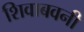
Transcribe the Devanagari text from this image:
शिवाबवनी